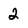
Character: 2